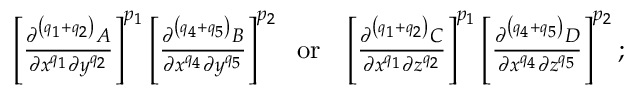
\begin{array} { r } { \left[ \frac { \partial ^ { \left( q _ { 1 } + q _ { 2 } \right) } A } { \partial x ^ { q _ { 1 } } \partial y ^ { q _ { 2 } } } \right] ^ { p _ { 1 } } \left[ \frac { \partial ^ { \left( q _ { 4 } + q _ { 5 } \right) } B } { \partial x ^ { q _ { 4 } } \partial y ^ { q _ { 5 } } } \right] ^ { p _ { 2 } } \; \; \mathrm { o r } \; \; \; \left[ \frac { \partial ^ { \left( q _ { 1 } + q _ { 2 } \right) } C } { \partial x ^ { q _ { 1 } } \partial z ^ { q _ { 2 } } } \right] ^ { p _ { 1 } } \left[ \frac { \partial ^ { \left( q _ { 4 } + q _ { 5 } \right) } D } { \partial x ^ { q _ { 4 } } \partial z ^ { q _ { 5 } } } \right] ^ { p _ { 2 } } ; } \end{array}